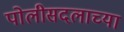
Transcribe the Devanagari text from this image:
पोलीसदलाच्या